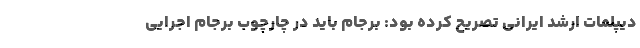
دیپلمات ارشد ایرانی تصریح کرده بود: برجام باید در چارچوب برجام اجرایی